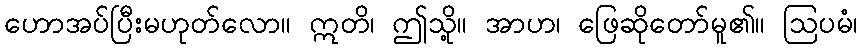
ဟောအပ်ပြီးမဟုတ်လော။ ဣတိ၊ ဤသို့။ အာဟ၊ ဖြေဆိုတော်မူ၏။ ဩပမံ၊